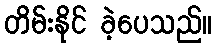
တိမ်းနိုင် ခဲ့ပေသည်။